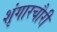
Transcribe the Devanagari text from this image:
शृंगारचौरी